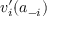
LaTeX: v _ { i } ^ { \prime } ( a _ { - i } )